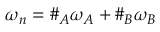
\omega _ { n } = \# _ { A } \omega _ { A } + \# _ { B } \omega _ { B }